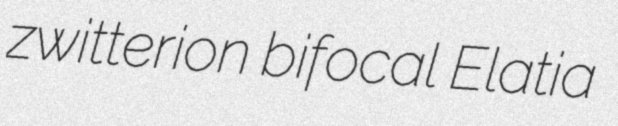
zwitterion bifocal Elatia